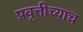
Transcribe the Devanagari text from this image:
प्रवृत्तीच्याच